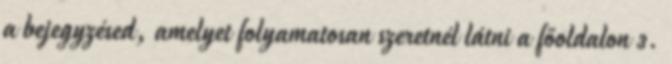
a bejegyzésed, amelyet folyamatosan szeretnél látni a főoldalon 3.